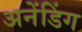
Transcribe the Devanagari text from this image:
अनेंडिंग